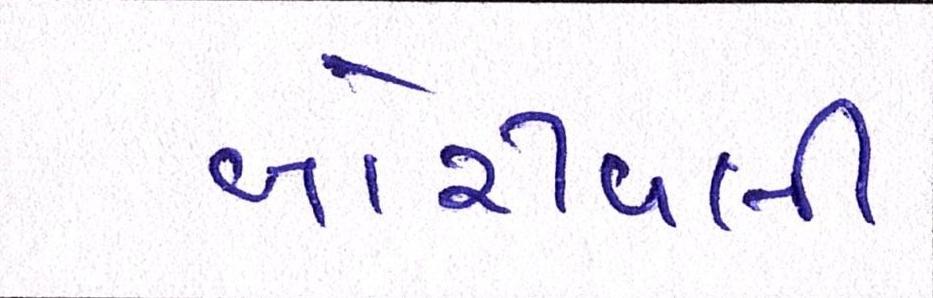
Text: બોરીવલી